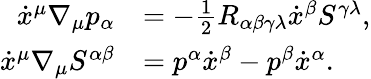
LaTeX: \begin{array}{rl}{\dot{x}^{\mu}\nabla_{\mu}p_{\alpha}}&{=-\frac{1}{2}R_{\alpha\beta\gamma\lambda}\dot{x}^{\beta}S^{\gamma\lambda},}\\ {\dot{x}^{\mu}\nabla_{\mu}S^{\alpha\beta}}&{=p^{\alpha}\dot{x}^{\beta}-p^{\beta}\dot{x}^{\alpha}.}\end{array}